Vaccine operations Central Provinces & Berar 1922-1929 - 1922-1929
Year: 1922
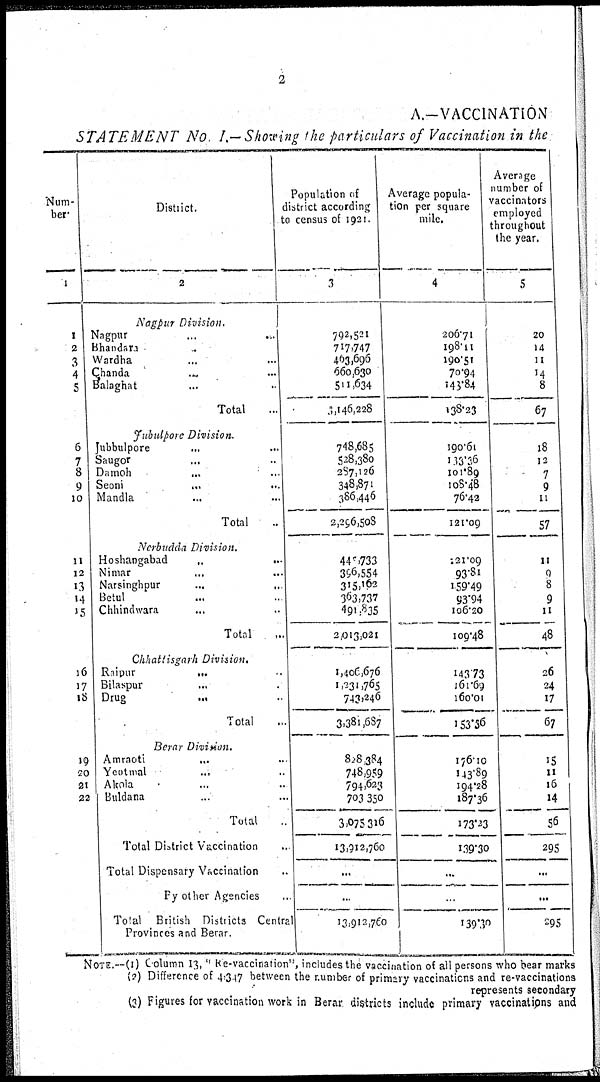
2
A.—VACCINATION
STATEMENT No. I .— Showing the particulars of Vaccination in the
Num-
ber.
1
1
2
3
4
5
6
7
8
9
10
11
12
13
14
15
16
17
18
19
20
21
22
District.
2
Nagpur Division.
Nagpur ... ...
Bhandara ... ...
Wardha ... ...
Chanda ... ...
Balaghat ... ...
Total ...
Jubulpore Division.
Jubbulpore ... ...
Saugor
...
...
Damoh ... ...
Seoni
...
...
Mandla ... ...
Total ...
Nerbudda Division.
Hoshangabad
...
...
Nimar ... ...
Narsinghpur ... ...
Betul ... ...
Chhindwara ... ...
Total ...
Chhattisgarh Division.
Raipur
...
...
Bilaspur ... ...
Drug
...
...
Total ...
Berar Divition.
Amraoti
...
...
Yeotmal
...
...
Akola ... ...
Buldana ... ...
Total ...
Total District Vaccination ...
Total Dispensary Vaccination ...
Py other Agencies ...
Total British Districts Centra
Provinces and Berar.
Population of
district according
to census of 1921.
3
792,521
717,747
463,696
660,630
511,634
3,146,228
748,685
528,380
287,126
348,871
386,446
2,296,508
440,733
396,554
315,162
363,737
491,835
2,013,021
1,406,676
1,231,765
743,246
3,381,687
828,384
748,959
794,623
703.350
3,075,316
13,912,760
...
...
13,912,760
Average popula-
tion per square
mile.
4
206.71
198.11
190.51
70.94
140.84
138.23
190.61
113.36
101.89
108.48
76.42
121.09
121.09
93.81
159.49
93.94
106.20
109.48
143.73
161.69
160.01
153.56
176.10
143.89
104.28
187.36
173.23
139.30
...
...
139.30
Average
number of
vaccinators
employed
throughout
the year.
5
20
14
11
14
8
67
18
12
7
9
11
57
11
0
8
9
11
48
26
24
17
67
15
11
16
14
56
295
...
...
295
NOTE.—(1) Column 13, " Re-vaccination", includes the vaccination of all persons who bear marks
(2) Difference of 4.347 between the number of primary vaccinations and re-vaccinations
represents secondary
(3) Figures for vaccination work in Berar districts include primary vaccinations and